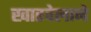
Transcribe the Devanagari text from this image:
खारवेलाने